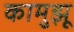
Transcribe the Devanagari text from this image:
कामुझू